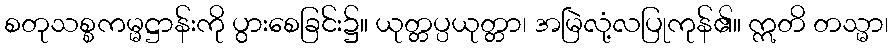
စတုသစ္စကမ္မဋ္ဌာန်းကို ပွားစေခြင်း၌။ ယုတ္တပ္ပယုတ္တာ၊ အမြဲလုံ့လပြုကုန်၏။ ဣတိ တသ္မာ၊